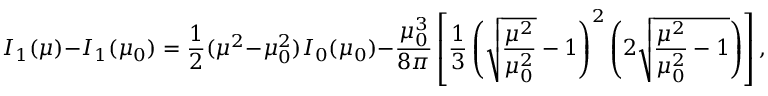
I _ { 1 } ( \mu ) - I _ { 1 } ( \mu _ { 0 } ) = { \frac { 1 } { 2 } } ( \mu ^ { 2 } - \mu _ { 0 } ^ { 2 } ) I _ { 0 } ( \mu _ { 0 } ) - \frac { \mu _ { 0 } ^ { 3 } } { 8 \pi } \left[ { \frac { 1 } { 3 } } \left( \sqrt { \frac { \mu ^ { 2 } } { \mu _ { 0 } ^ { 2 } } } - 1 \right) ^ { 2 } \left( 2 \sqrt { \frac { \mu ^ { 2 } } { \mu _ { 0 } ^ { 2 } } - 1 } \right) \right] ,